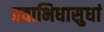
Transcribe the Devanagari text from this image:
तवाभिधासुधां